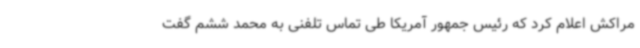
مراکش اعلام کرد که رئیس جمهور آمریکا طی تماس تلفنی به محمد ششم گفت